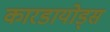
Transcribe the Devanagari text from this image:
कारडायोड्स